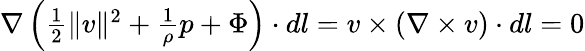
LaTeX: \begin{array}{r}{\nabla\left(\frac{1}{2}\| v\| ^{2}+\frac{1}{\rho}p+\Phi\right)\cdot dl=v\times(\nabla\times v)\cdot dl=0}\end{array}